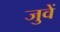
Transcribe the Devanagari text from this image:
जुवें